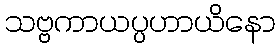
သဗ္ဗကာယပ္ပဟာယိနော